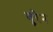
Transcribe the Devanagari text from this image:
वूरेन